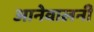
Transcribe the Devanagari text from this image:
आनेवालनी